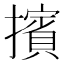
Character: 擯